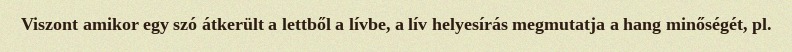
Viszont amikor egy szó átkerült a lettből a lívbe, a lív helyesírás megmutatja a hang minőségét, pl.